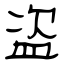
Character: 盗